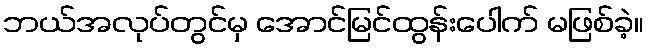
ဘယ်အလုပ်တွင်မှ အောင်မြင်ထွန်းပေါက် မဖြစ်ခဲ့။